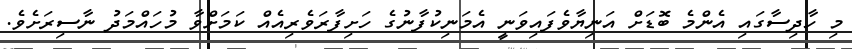
މި ހާދިސާގައި އެންމެ ބޮޑަށް އަނިޔާވެފައިވަނީ އެމަނިކުފާނުގެ ހަށިފާރަވެރިއެއް ކަމަށްވާ މުހައްމަދު ނާސިރަށެވެ.